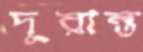
দূরান্ত